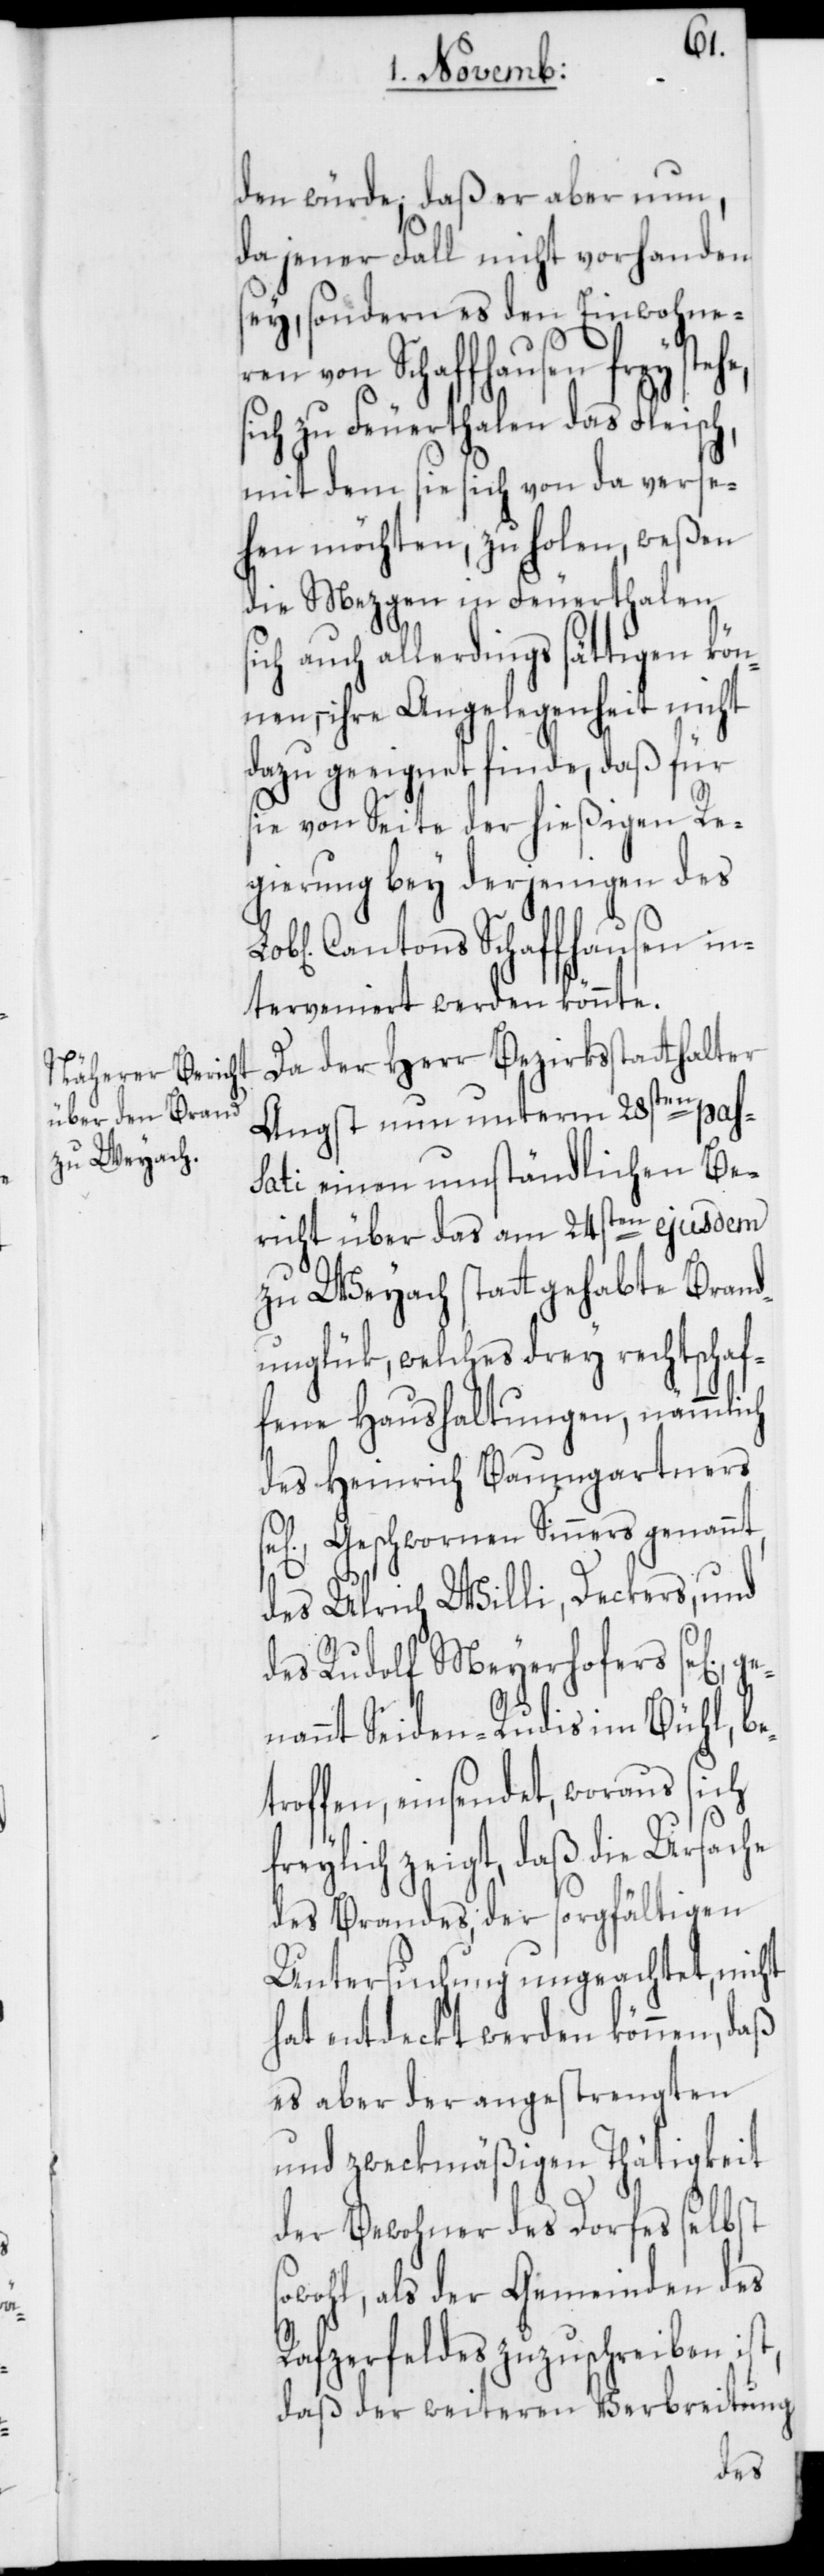
s¬
den würde; daß er aber nun,
da jener Fall nicht vorhanden
sey, sondern es den Einwohnere¬
n von Schaffhausen frey
sich zu Feuerthalen das Fleisch,
mit dem sie sich von da verse¬
hen möchten, zu holen, weßen
die Mezgen in Feuerthalen
ich auch allerdings sättigen kön¬
nen, – ihre Angelegenheit nicht
dazu geeignet finde, daß für
sie von Seite der hießigen Re¬
gierung bey derjenigen des
Cantons Schaffhausen in¬
terveniert werden könnte.
Da der Herr Bezirksstatthalter
Angst nun unterm 28sten pass¬
ati einen umständlichen Be¬
richt über das am 24sten ejusdem
zu Weyach statt gehabte Brand¬
unglück, welches drey rechtschaf¬
fene Haushaltungen, nämmlich
des Heinrich Baumgartners
ig], Geschwornen Sinners genannt,
des Ulrich Willi, Deckers, und
des Rudolf Meyerhofers se[lig],
nannt Seiden-Rudis im Bühl; be¬
troffen, einsendet, woraus sich
freylich zeigt, daß die Ursache
des Brandes, der sorgfältigen
Untersuchung ungeachtet, nicht
hat entdeckt werden können, daß
es aber der angestrengten
und zweckmäßigen Thätigkeit
der Bewohner des Dorfes selbst
owohl, als der Gemeinden des
Rafzerfeldes zuzuschreiben ist,
daß der weiteren Verbreitung